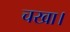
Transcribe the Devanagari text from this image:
चखा।